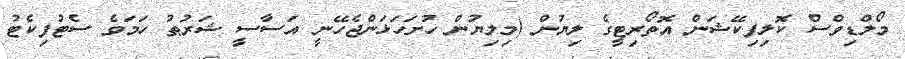
މޯލްޑިވްސް ކޮލިފިކޭޝަން އޮތޯރިޓީގެ ލިޔުން (މިލިޔުން ހުށަހަޅަންޖެހޭނީ އަސާސީ ޝަރުޠު ހަމަވެ ސެޓުފިކެޓު